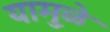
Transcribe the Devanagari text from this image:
यामु़ळे